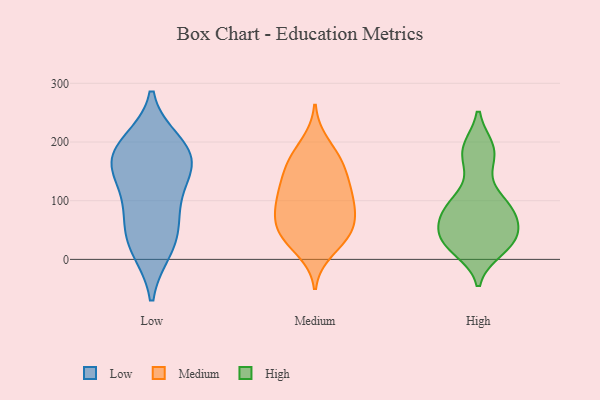
{"axis": {"x": "Production Output", "y": "Value"}, "legend": ["High", "Low", "Medium"], "data": [{"x": "", "y": 181, "type": "Low"}, {"x": "", "y": 164, "type": "Low"}, {"x": "", "y": 112, "type": "Low"}, {"x": "", "y": 165, "type": "Low"}, {"x": "", "y": 141, "type": "Low"}, {"x": "", "y": 198, "type": "Low"}, {"x": "", "y": 72, "type": "Low"}, {"x": "", "y": 22, "type": "Low"}, {"x": "", "y": 187, "type": "Low"}, {"x": "", "y": 58, "type": "Low"}, {"x": "", "y": 18, "type": "Low"}, {"x": "", "y": 112, "type": "Medium"}, {"x": "", "y": 101, "type": "Medium"}, {"x": "", "y": 104, "type": "Medium"}, {"x": "", "y": 198, "type": "Medium"}, {"x": "", "y": 126, "type": "Medium"}, {"x": "", "y": 141, "type": "Medium"}, {"x": "", "y": 15, "type": "Medium"}, {"x": "", "y": 36, "type": "Medium"}, {"x": "", "y": 52, "type": "Medium"}, {"x": "", "y": 164, "type": "Medium"}, {"x": "", "y": 173, "type": "Medium"}, {"x": "", "y": 66, "type": "Medium"}, {"x": "", "y": 86, "type": "Medium"}, {"x": "", "y": 44, "type": "Medium"}, {"x": "", "y": 160, "type": "Medium"}, {"x": "", "y": 75, "type": "Medium"}, {"x": "", "y": 40, "type": "Medium"}, {"x": "", "y": 104, "type": "High"}, {"x": "", "y": 32, "type": "High"}, {"x": "", "y": 85, "type": "High"}, {"x": "", "y": 17, "type": "High"}, {"x": "", "y": 187, "type": "High"}, {"x": "", "y": 28, "type": "High"}, {"x": "", "y": 99, "type": "High"}, {"x": "", "y": 45, "type": "High"}, {"x": "", "y": 81, "type": "High"}, {"x": "", "y": 33, "type": "High"}, {"x": "", "y": 81, "type": "High"}, {"x": "", "y": 161, "type": "High"}, {"x": "", "y": 37, "type": "High"}, {"x": "", "y": 24, "type": "High"}, {"x": "", "y": 77, "type": "High"}, {"x": "", "y": 64, "type": "High"}, {"x": "", "y": 187, "type": "High"}, {"x": "", "y": 189, "type": "High"}]}